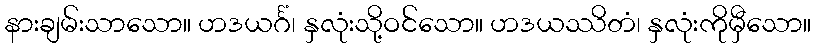
နားချမ်းသာသော။ ဟဒယင်္ဂံ၊ နှလုံးသို့ဝင်သော။ ဟဒယဿိတံ၊ နှလုံးကိုမှီသော။